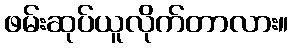
ဖမ်းဆုပ်ယူလိုက်တာလား။